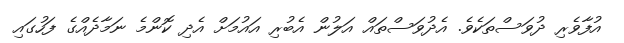
އުފާވެރި ދުވަސްތަކެވެ. އެދުވަސްތައް އަލުން އެބުރި އައުމަށް އެދި ކޮންމެ ނަމާދެއްގެ ފަހުގައި